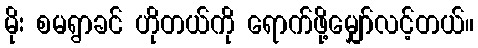
မိုး စမရွာခင် ဟိုတယ်ကို ရောက်ဖို့မျှော်လင့်တယ်။